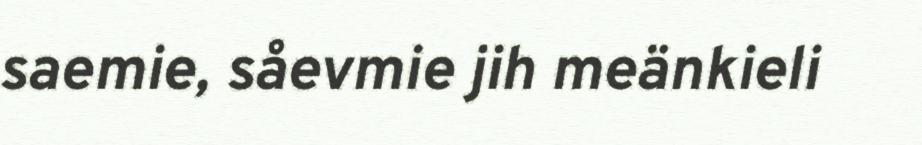
saemie, såevmie jih meänkieli